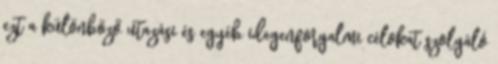
ezt a különböző utazási és egyéb idegenforgalmi célokat szolgáló